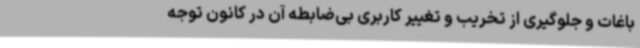
باغات و جلوگیری از تخریب و تغییر کاربری بی‌ضابطه آن در کانون توجه